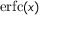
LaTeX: \operatorname { e r f c } ( x )